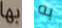
بها به